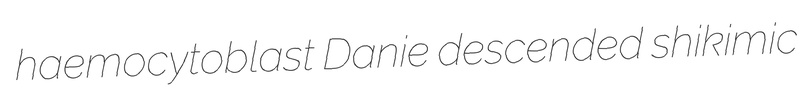
haemocytoblast Danie descended shikimic